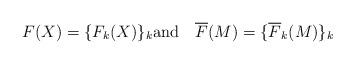
LaTeX: \begin{align*} F(X)=\{F_k(X)\}_k \mathrm{and} \quad\overline{F}(M)=\{\overline{F}_k(M)\}_k \end{align*}